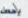
يحدث